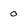
Character: 0